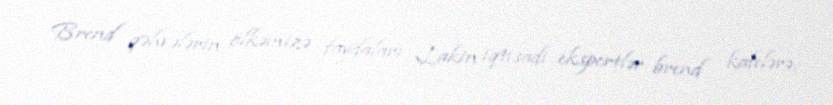
Brend qəhvələrin ölkəmizə faydaları Lakin iqtisadi ekspertlər brend kafelərə,